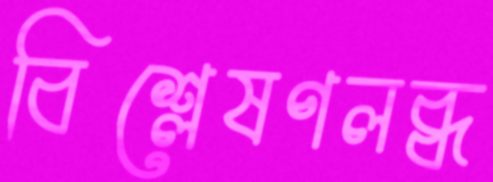
বিশ্লেষণলব্ধ